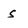
Character: s